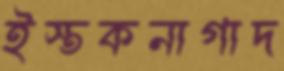
ইস্তকনাগাদ